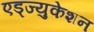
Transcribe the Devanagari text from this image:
एड्ज्युकेशन